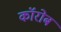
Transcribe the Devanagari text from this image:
कॉरोब